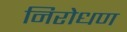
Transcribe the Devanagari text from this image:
निरोधण